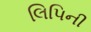
લિપિની